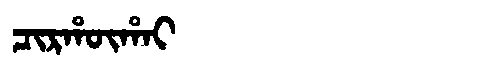
Manchu: ᠴᡳᡵᡥᡡᡥᠠᡳ
Romanization: CIRHŪHAI